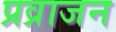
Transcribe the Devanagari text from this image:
प्रव्राजन